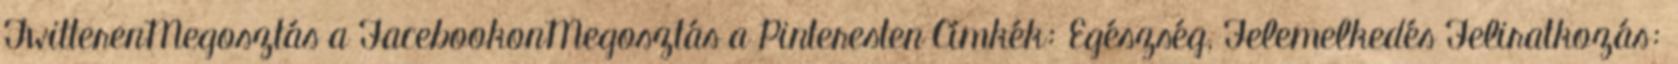
TwitterenMegosztás a FacebookonMegosztás a Pinteresten Címkék: Egészség, Felemelkedés Feliratkozás: